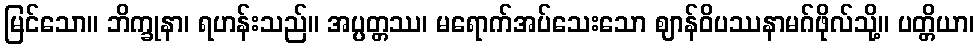
မြင်သော။ ဘိက္ခုနာ၊ ရဟန်းသည်။ အပ္ပတ္တဿ၊ မရောက်အပ်သေးသော ဈာန်ဝိပဿနာမဂ်ဖိုလ်သို့။ ပတ္တိယာ၊